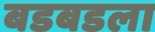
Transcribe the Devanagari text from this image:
बडबडला